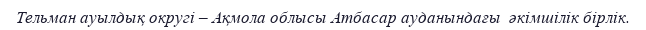
Тельман ауылдық округі – Ақмола облысы Атбасар ауданындағы  әкімшілік бірлік.